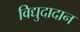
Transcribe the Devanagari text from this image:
विद्युदादान